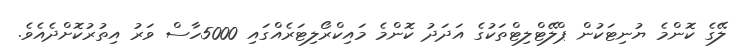
ލޭގެ ކޮންމެ ޔުނިޓަކުން ޕްލޭޓްލިޓްތަކުގެ އަދަދު ކޮންމެ މައިކްރޯލިޓަރެއްގައި 5000ހާސް ވަރު އިތުރުކޮށްދެއެވެ.